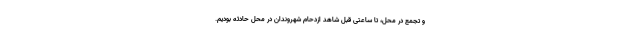
و تجمع در محل، تا ساعتی قبل شاهد ازدحام شهروندان در محل حادثه بودیم.